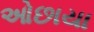
ઓછાયા